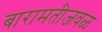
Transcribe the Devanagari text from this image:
बारामतीजवळ